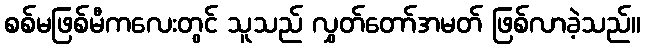
စစ်မဖြစ်မီကလေးတွင် သူသည် လွှတ်တော်အမတ် ဖြစ်လာခဲ့သည်။